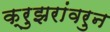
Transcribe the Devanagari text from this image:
क्रुझरांवरुन